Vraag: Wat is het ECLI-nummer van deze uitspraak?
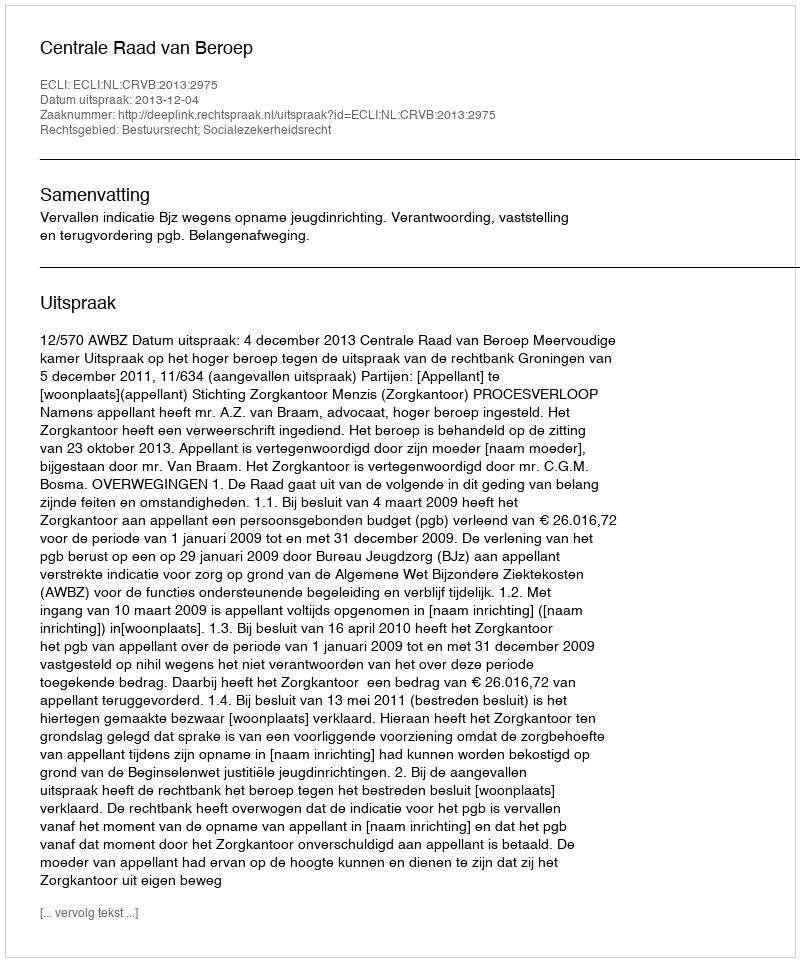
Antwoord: ECLI:NL:CRVB:2013:2975